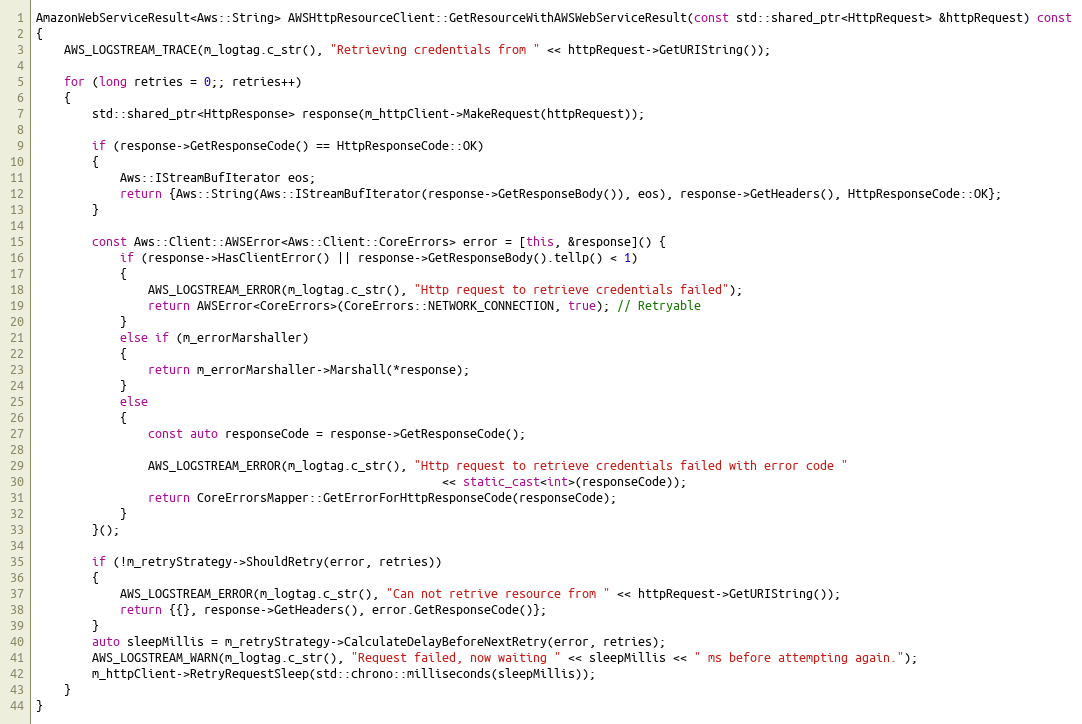
Language: C++
AmazonWebServiceResult<Aws::String> AWSHttpResourceClient::GetResourceWithAWSWebServiceResult(const std::shared_ptr<HttpRequest> &httpRequest) const
{
    AWS_LOGSTREAM_TRACE(m_logtag.c_str(), "Retrieving credentials from " << httpRequest->GetURIString());

    for (long retries = 0;; retries++)
    {
        std::shared_ptr<HttpResponse> response(m_httpClient->MakeRequest(httpRequest));

        if (response->GetResponseCode() == HttpResponseCode::OK)
        {
            Aws::IStreamBufIterator eos;
            return {Aws::String(Aws::IStreamBufIterator(response->GetResponseBody()), eos), response->GetHeaders(), HttpResponseCode::OK};
        }

        const Aws::Client::AWSError<Aws::Client::CoreErrors> error = [this, &response]() {
            if (response->HasClientError() || response->GetResponseBody().tellp() < 1)
            {
                AWS_LOGSTREAM_ERROR(m_logtag.c_str(), "Http request to retrieve credentials failed");
                return AWSError<CoreErrors>(CoreErrors::NETWORK_CONNECTION, true); // Retryable
            }
            else if (m_errorMarshaller)
            {
                return m_errorMarshaller->Marshall(*response);
            }
            else
            {
                const auto responseCode = response->GetResponseCode();

                AWS_LOGSTREAM_ERROR(m_logtag.c_str(), "Http request to retrieve credentials failed with error code "
                                                          << static_cast<int>(responseCode));
                return CoreErrorsMapper::GetErrorForHttpResponseCode(responseCode);
            }
        }();

        if (!m_retryStrategy->ShouldRetry(error, retries))
        {
            AWS_LOGSTREAM_ERROR(m_logtag.c_str(), "Can not retrive resource from " << httpRequest->GetURIString());
            return {{}, response->GetHeaders(), error.GetResponseCode()};
        }
        auto sleepMillis = m_retryStrategy->CalculateDelayBeforeNextRetry(error, retries);
        AWS_LOGSTREAM_WARN(m_logtag.c_str(), "Request failed, now waiting " << sleepMillis << " ms before attempting again.");
        m_httpClient->RetryRequestSleep(std::chrono::milliseconds(sleepMillis));
    }
}